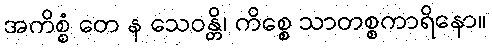
အကိစ္စံ တေ န သေဝန္တိ၊ ကိစ္စေ သာတစ္စကာရိနော။